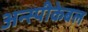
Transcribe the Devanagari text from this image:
अन्स्पीकेबल